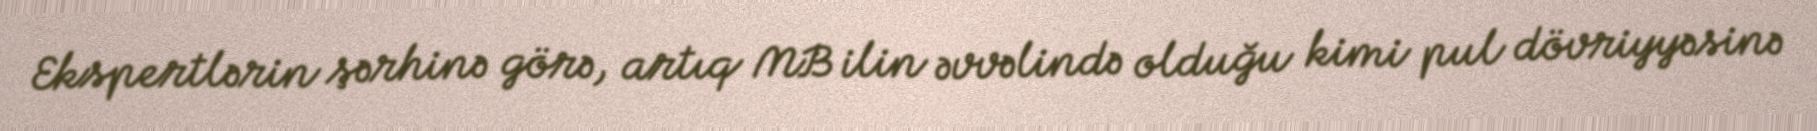
Ekspertlərin şərhinə görə, artıq MB ilin əvvəlində olduğu kimi pul dövriyyəsinə